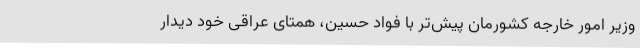
وزیر امور خارجه کشورمان پیش‌تر با فواد حسین، همتای عراقی خود دیدار